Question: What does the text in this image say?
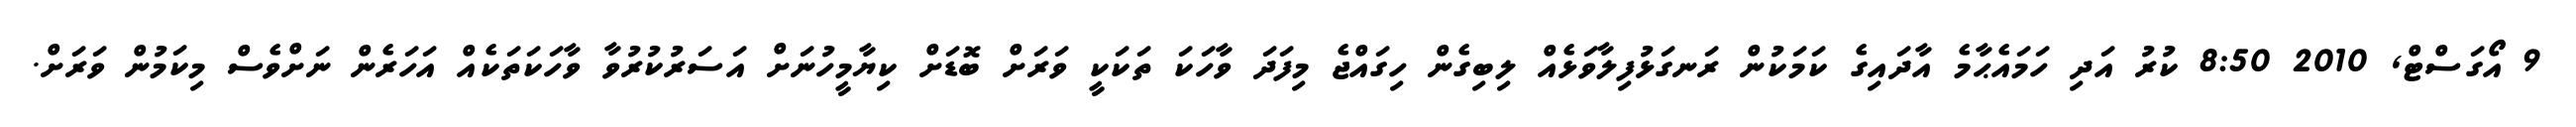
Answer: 9 އޯގަސްޓް, 2010 8:50 ކުރު އަދި ހަމައެޙާމެ އާދައިގެ ކަމަކުން ރަނގަޅުފިލާވަޅެއް ލިބިގެން ހިގައްޖެ މިފަދަ ވާހަކަ ތަކަކީ ވަރަށް ބޮޑަށް ކިޔާމީހުނަށް އަސަރުކުރުވާ ވާހަކަތަކެއް އަހަރެން ނަށްވެސް މިކަމުން ވަރަށް.